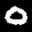
Digit: 0